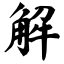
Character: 解